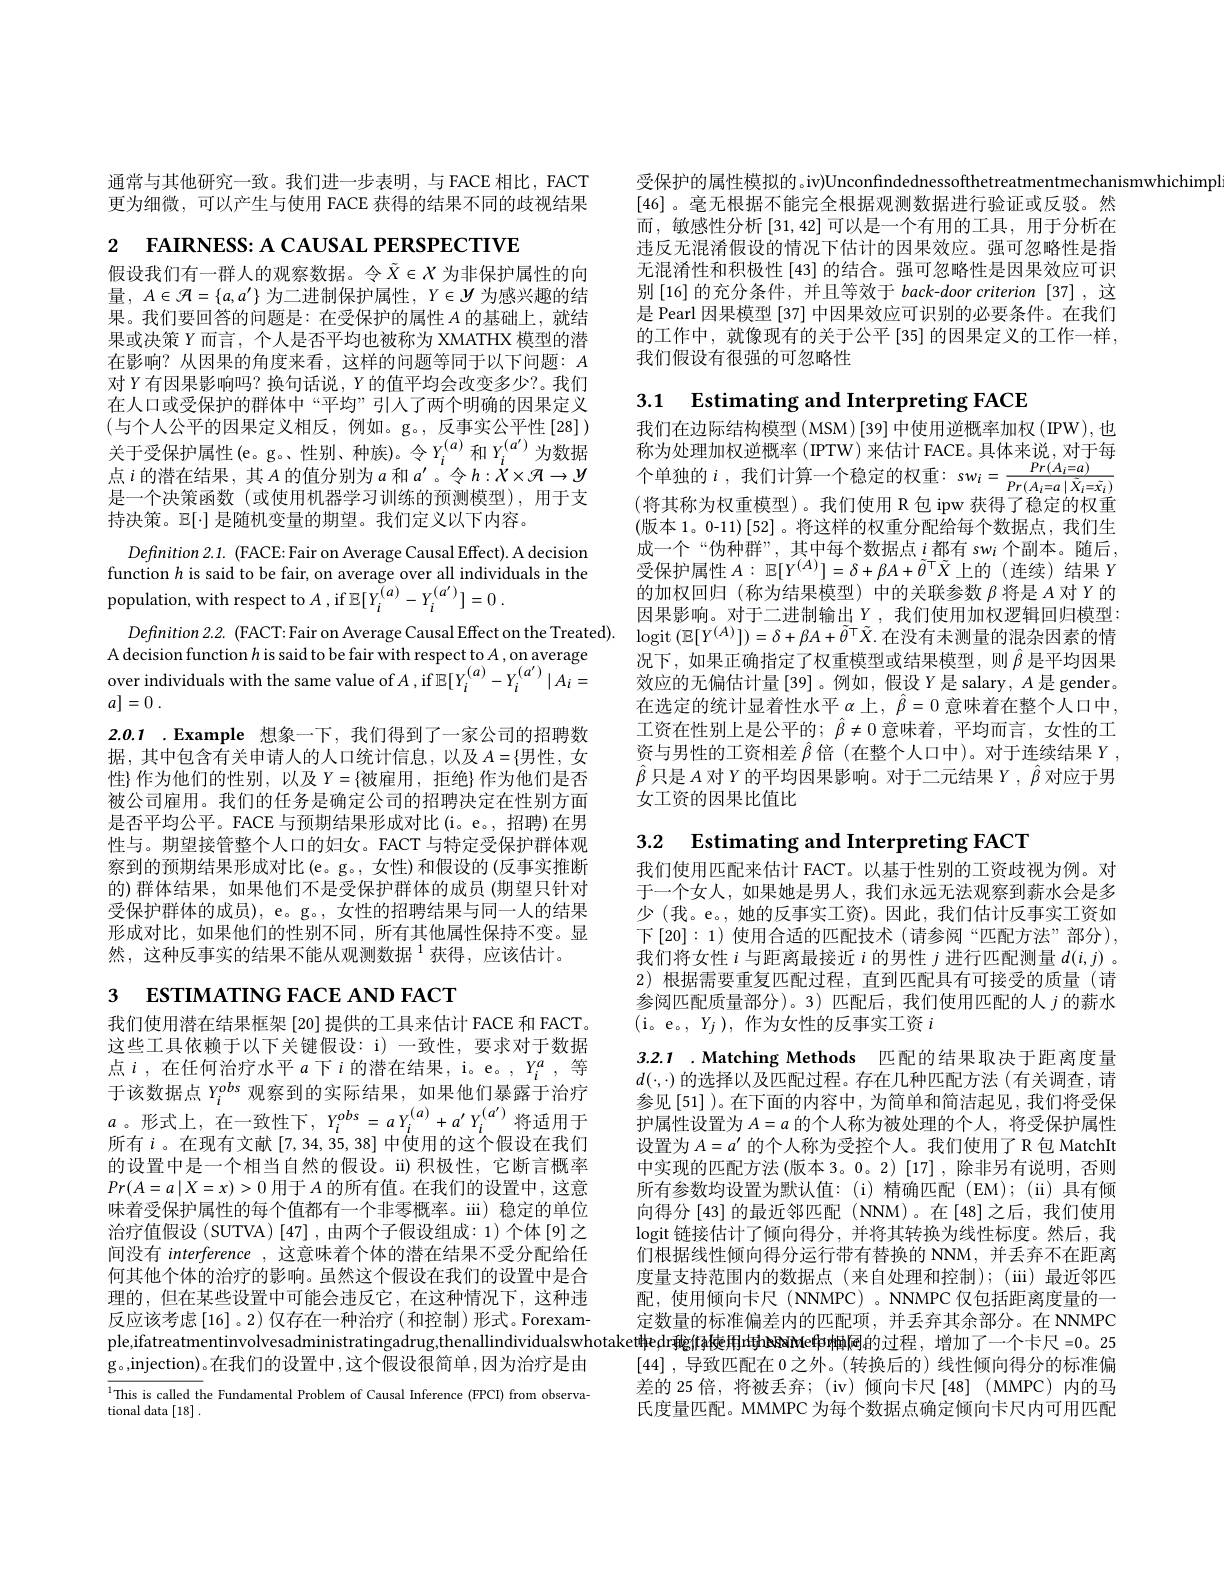
通常与其他研究一致。我们进一步表明，与 FACE 相比，FACT 更为细微，可以产生与使用 FACE 获得的结果不同的歧视结果

假设我们有一群人的观察数据。令$\tilde{X}\in X$ 为非保护属性的向量$,A\in\mathcal{H}=\{a,a^{\prime}\}$ 为二进制保护属性$,Y\in\mathcal{Y}$ 为感兴趣的结果。我们要回答的问题是：在受保护的属性$A$的基础上，就结果或决策$Y$而言，个人是否平均也被称为 XMATHX 模型的潜在影响？从因果的角度来看，这样的问题等同于以下问题：$A$ 对$Y$有因果影响吗？换句话说，$Y$的值平均会改变多少？。我们在人口或受保护的群体中“平均”引人了两个明确的因果定义(与个人公平的因果定义相反，例如。g。,反事实公平性[28]) 关于受保护属性(e。g。、性别、种族)。令$Y_i^{(a)}$和$Y_i^{(a^{\prime})}$为数据点$i$的潜在结果 , 其$A$的值分别为$a$ 和 $a^\prime$。令$h:\dot{X}\times\mathcal{H}\to y$ 是一个决策函数(或使用机器学习训练的预测模型),用于支持决策。$\mathbb{E}[\cdot]$是随机变量的期望。我们定义以下内容。

$_{2\:\text{FAIRNESS: A CAUSAL PERSPECTIVE}}$
$Definition2.1.$ (FACE: Fair on Average Causal Effect). A decision function $h$ is said to be fair, on average over all individuals in the population, with respect to $A$,if $\mathbb{E} [ Y_i^{( a) }- Y_i^{( a^{\prime }) }] = 0$ .
A decision function $h$ is said to be fair with respect to $A$,on average over individuals with the same value of$A$,if$\mathbb{E} [ Y_{i}^{( a) }- Y_{i}^{( a^{\prime }) }\mid A_{i}=$ $a] = 0$ .
2.0.1 .Example 想象一下，我们得到了一家公司的招聘数据，其中包含有关申请人的人口统计信息，以及 $A=\{$男性，女性} 作为他们的性别，以及 $Y=\{$被雇用 ,拒绝}作为他们是否被公司雇用。我们的任务是确定公司的招聘决定在性别方面是否平均公平。FACE 与预期结果形成对比(i。e。,招聘)在男性与。期望接管整个人口的妇女。FACT 与特定受保护群体观察到的预期结果形成对比(e。g。, 女性)和假设的 (反事实推断的)群体结果，如果他们不是受保护群体的成员(期望只针对受保护群体的成员), e。g。, 女性的招聘结果与同一人的结果形成对比，如果他们的性别不同，所有其他属性保持不变。显然，这种反事实的结果不能从观测数据$^{1}$获得，应该估计。
3 ESTIMATING FACE AND FACT

我们使用潜在结果框架[20]提供的工具来估计 FACE 和 FACT。这些工具依赖于以下关键假设：i) 一致性，要求对于数据点$i$,在任何治疗水平$a$下$i$的潜在结果，i。e。$,Y_i^a$,等于该数据点$Y_i^{obs}$观察到的实际结果，如果他们暴露于治疗$a$。形式上，在一致性下$,Y_i^{obs}=aY_i^{(a)}+a^{\prime}Y_i^{(a^{\prime})}$将适用于所有$i$。在现有文献[7,34,35,38] 中使用的这个假设在我们的设置中是一个相当自然的假设。ii)积极性，它断言概率$Pr(A=a\mid X=x)>0$用于$A$的所有值。在我们的设置中，这意味着受保护属性的每个值都有一个非零概率。iii) 稳定的单位治疗值假设 (SUTVA) [47] ,由两个子假设组成：1) 个体[9]之间没有 interference , 这意味着个体的潜在结果不受分配给任何其他个体的治疗的影响。虽然这个假设在我们的设置中是合理的，但在某些设置中可能会违反它，在这种情况下，这种违反应该考虑[16]。2) 仅存在一种治疗 (和控制) 形式。Forexample,ifatreatmentinvolvesadministratingadrug,thenallindividualswhotakettłe,dr孵徘樉用rthøšahte申鹕屙的过程，增加了一个卡尺 =0。25
g。,injection)。在我们的设置中，这个假设很简单，因为治疗是由

$^{1}$This is called the Fundamental Problem of Causal Inference (FPCI) from observa-
tional data [18].

受保护的属性模拟的 。iv)Unconfindednessofthetreatmentmechanismwhichimp
[46] 。毫无根据不能完全根据观测数据进行验证或反驳。然而 , 敏感性分析[31,42]可以是一个有用的工具，用于分析在违反无混淆假设的情况下估计的因果效应。强可忽略性是指无混淆性和积极性[43]的结合。强可忽略性是因果效应可识别[16]的充分条件，并且等效于$back-door$ criterion[37],这是 Pearl 因果模型 [37] 中因果效应可识别的必要条件。在我们的工作中，就像现有的关于公平[35]的因果定义的工作一样， 我们假设有很强的可忽略性

3.1 Estimating and Interpreting FACE

称 为 处 理 加 权 逆 概 率 ( IPTW) 来 估 计 FACE。具 体 来 说 , 对 于 每 个 单 独 的 $i$ , 我 们 计 算 一 个 稳 定 的 权 重 : s$w_{i}$= $\frac {Pr( A_{i}= a) }{Pr( A_{i}= a\mid \bar{X} _{i}= \tilde{x} _{i}) }$ (将 甘 称 为 如 垂 横 刑 》 。我 们 估 用 p 句 inuu 办 征 了 趋 它 的 女 可 垂

我们在边际结构模型(MSM)[39]中使用逆概率加权(IPW),也(将其称为权重模型)。我们使用 R 包 ipw 获得了稳定的权重(版本 1。0-11)[52]。将这样的权重分配给每个数据点，我们生成一个“伪种群”, 其中每个数据点$i$都有 swi 个副本。随后， 受保护属性$A:\mathbb{E}[Y^(A)]=\delta+\beta A+\tilde{\theta}^{\top}\tilde{X}$上的(连续)结果$Y$ 的加权回归 (称为结果模型)中的关联参数$\beta$将是$A$对$Y$的因果影响。对于二进制输出$Y$, 我们使用加权逻辑回归模型：
$Definition2.2.$(FACT:Fair on Average Causal Effect on the Treated). logit $(\mathbb{E}[Y^{(A)}])=\delta+\beta A+\tilde{\theta}^\top\tilde{X}.$在没有未测量的混杂因素的情
况下，如果正确指定了权重模型或结果模型，则$\hat{\beta}$是平均因果效应的无偏估计量[39]。例如，假设$Y$是 salary, $A$是 gender。在选定的统计显着性水平$\alpha$上$,\hat{\beta}=0$意味着在整个人口中， 工资在性别上是公平的$;\hat{\beta}\neq0$ 意味着，平均而言，女性的工资与男性的工资相差$\hat{\beta}$倍 (在整个人口中)。对于连续结果$Y$, $\hat{\beta}$只是$A$对 Y 的平均因果影响。对于二元结果$Y,\hat{\beta}$对应于男女工资的因果比值比

3.2 Estimating and Interpreting FACT

我们使用匹配来估计 FACT。以基于性别的工资歧视为例。对于一个女人，如果她是男人，我们永远无法观察到薪水会是多少 (我。e。, 她的反事实工资)。因此，我们估计反事实工资如下$\left[20\right]:1$)使用合适的匹配技术(请参阅“匹配方法”部分), 我们将女性$i$与距离最接近$i$的男性$j$进行匹配测量$d(i,j)$ 。2) 根据需要重复匹配过程，直到匹配具有可接受的质量(请参阅匹配质量部分)。3) 匹配后，我们使用匹配的人$j$的薪水(i。e。, $Y_j)$, 作为女性的反事实工资$i$

## 3.2.1 .Matching Methods 匹配的结果取决于距离度量$d(\cdot,\cdot)$的选择以及匹配过程。存在几种匹配方法(有关调查，请

参见[51] )。在下面的内容中，为简单和简洁起见，我们将受保护属性设置为$A=a$的个人称为被处理的个人，将受保护属性设置为$A=a^\prime$的个人称为受控个人。我们使用了 R 包 MatchIt 中实现的匹配方法(版本 3。0。2)[17],除非另有说明，否则所有参数均设置为默认值：(i)精确匹配(EM);(ii)具有倾向得分 [43] 的最近邻匹配 (NNM)。在[48]之后，我们使用logit 链接估计了倾向得分 , 并将其转换为线性标度。然后，我们根据线性倾向得分运行带有替换的 NNM,并丢弃不在距离度量支持范围内的数据点(来自处理和控制);(iii)最近邻匹配，使用倾向卡尺(NNMPC)。NNMPC 仅包括距离度量的一定数量的标准偏差内的匹配项，并丢弃其余部分。在 NNMPC [44] , 导致匹配在 0 之外。(转换后的) 线性倾向得分的标准偏差的 25 倍，将被丢弃；(iv) 倾向卡尺[48] (MMPC) 内的马氏度量匹配。MMMPC 为每个数据点确定倾向卡尺内可用匹配